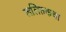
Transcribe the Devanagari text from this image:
ललितकथा